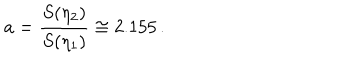
a = \frac { S ( \eta _ { 2 } ) } { S ( \eta _ { 1 } ) } \cong 2 . 1 5 5 \, .